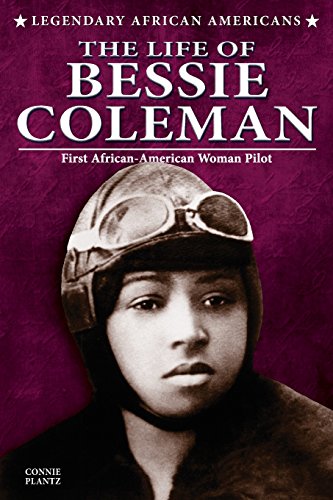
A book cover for The Life of Bessie Coleman (Legendary African Americans); Connie Plantz; Teen & Young Adult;